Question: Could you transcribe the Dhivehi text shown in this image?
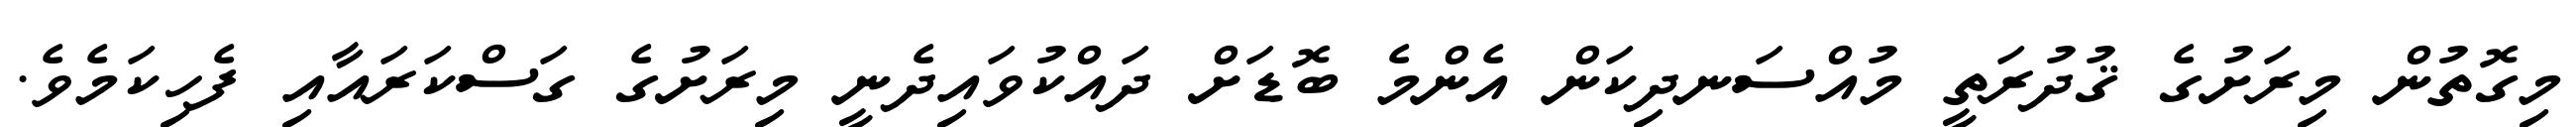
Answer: މިގޮތުން މިރަށުގެ ޤުދުރަތީ މުއްސަނދިކަން އެންމެ ބޮޑަށް ދައްކުވައިދެނީ މިރަށުގެ ގަސްކަރައާއި ފެހިކަމެވެ.